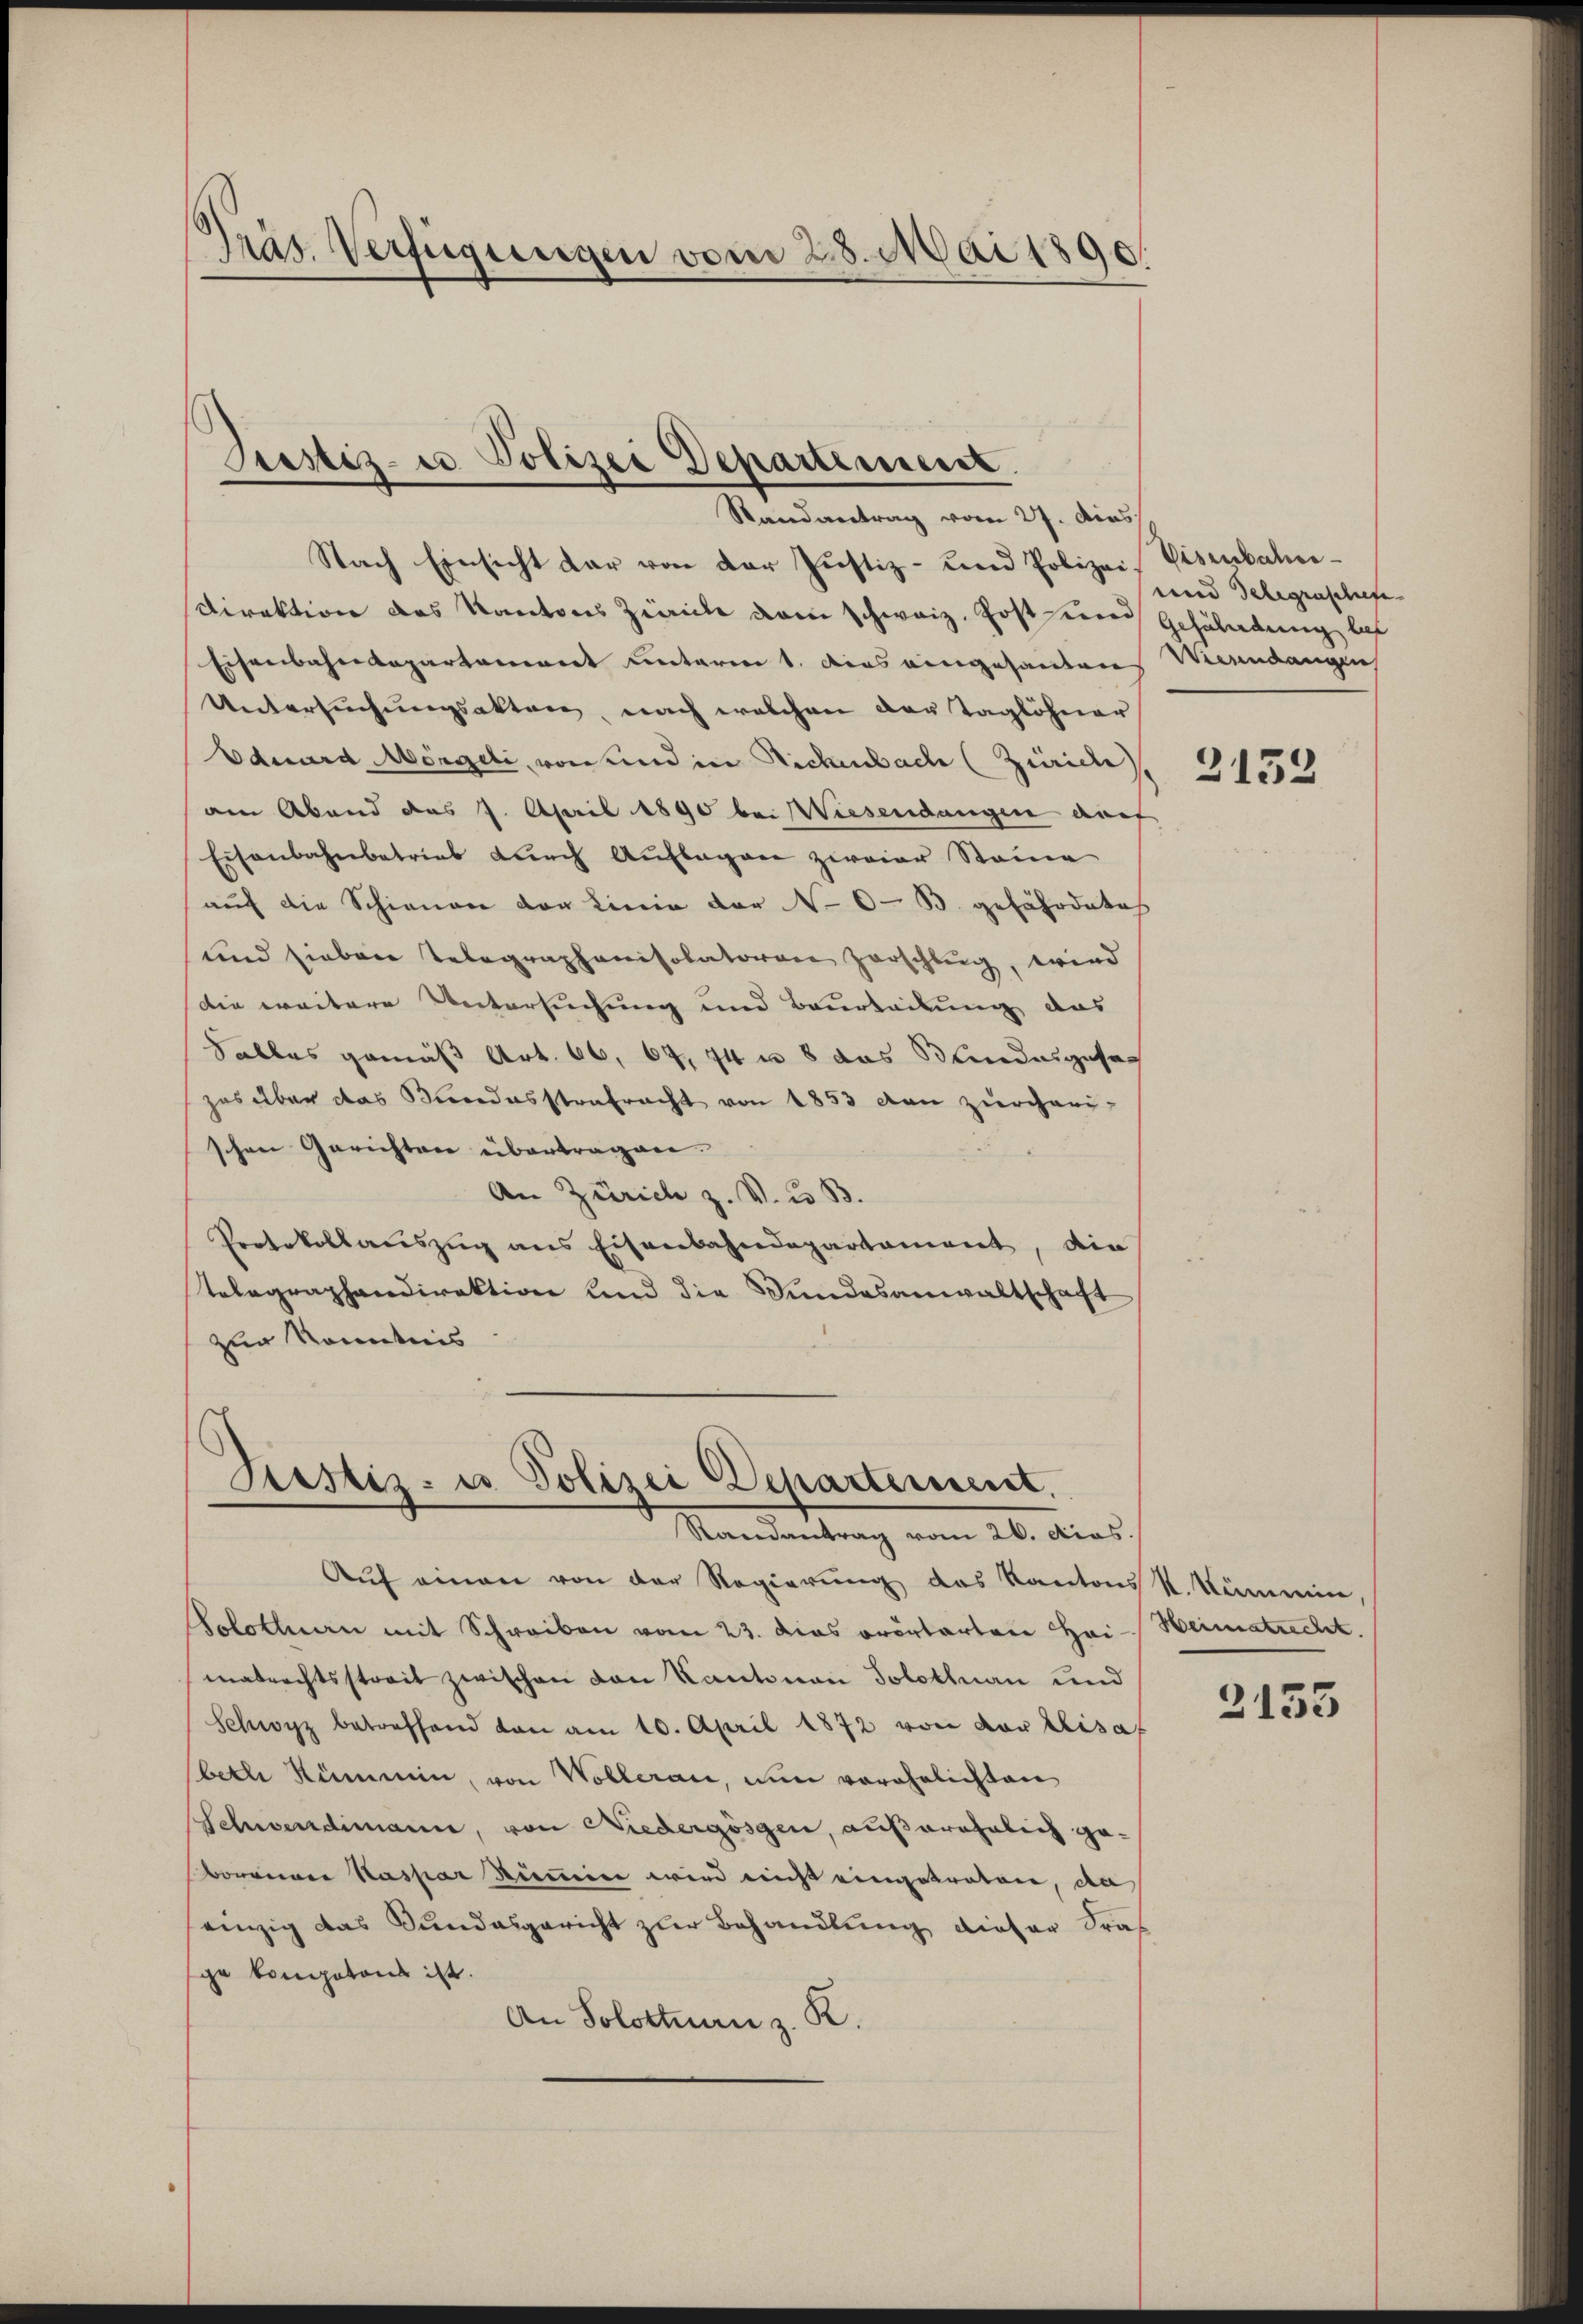
Prät. Verfügungen vom 28. Mai 1890.

Prostiz- u. Polizei Departement.
Randantrag vom 27. dies

Nach Einsicht dar von der Justiz- und Polizei, Visenbahn¬
Direktion des Kantons Zürich dann schweiz. Post und Gefährdung las
Eisenbahndepartement unterm 1. dies eingehanden Meindangen
Untersuchungsakten, nach welchen der Taglöhner
Eduard Morgeli, von und in Rickenbach (Zürich
am Abend das 7. April 1890 bei Wiesendangen auf
Eisenbahnbetrieb durch Auflagen zweier Steine
auf die Schienen der Linie der No 6-B. gefährdetes
und sieben Telegraphanisolatorene zerschlug, wird
die weitere Untersuchung und Beurteilung des
Salles gemäß Art. 66, 64. 74 n 8 das Bundesgesach
zes über das Bundesstrafracht von 1853 den zürcherischen Gerichten übertragen.
An Zürich z. V. u. B.
Protokollauszug aus Eisenbahndepartament, die
telegraphendirektion und die Wundesanwaltschaft
zur Kenntnis

Testiz- u. Polizei Departement.
Samantrag vom 26. Acas.

Auf einen von der Regierung des Kantons R. Kümmin
Solothurn mit Schreiben vom 23. dies erörterten Hai- Weimatrecht.
matrechtsstreit zwischen von Kantonen Solothnau und
Schwyz betreffend von am 10. April 1872 von der Lisaf
beth Kümmin, von Wolleran, nun vorehelichten
Schwendimann, von Niedergösgen, außerähnlich ge-
borieren Kaspar Stimmen wird nicht eingetraten, da
einzig das Bundesgericht zur Behandlung dieser Frage koniatons ist.
An Solottnau z. K.

und Gelegraschiefe

2152

2153